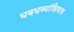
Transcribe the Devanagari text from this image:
धबधब्यांशिवाय